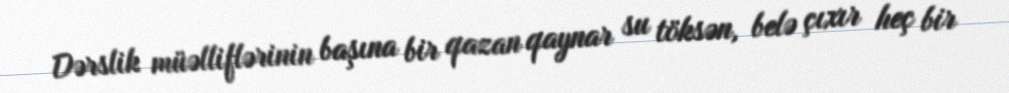
Dərslik müəlliflərinin başına bir qazan qaynar su töksən, belə çıxır heç bir